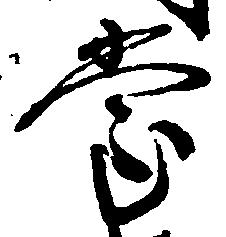
堂